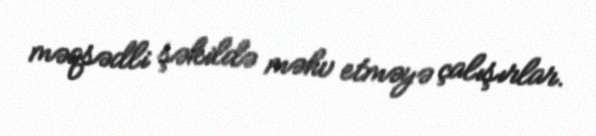
məqsədli şəkildə məhv etməyə çalışırlar.